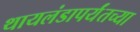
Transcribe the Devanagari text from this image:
थायलंडापर्यंतच्या